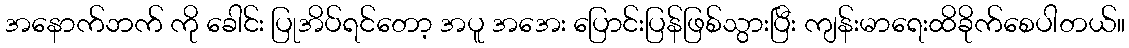
အနောက်ဘက် ကို ခေါင်း ပြုအိပ်ရင်တော့ အပူ အအေး ပြောင်းပြန်ဖြစ်သွားပြီး ကျန်းမာရေးထိခိုက်စေပါတယ်။